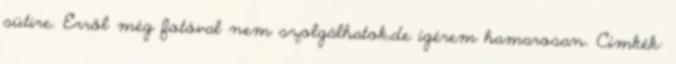
sütire. Erről még fotóval nem szolgálhatok,de ígérem hamarosan. Címkék: